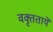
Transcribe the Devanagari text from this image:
वक्तृतायें